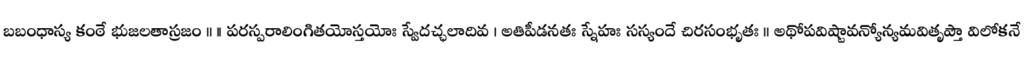
బబంధాస్య కంఠే భుజలతాస్రజం ॥ ।। పరస్పరాలింగితయోస్తయోః స్వేదచ్ఛలాదివ । అతిపీడనతః స్నేహః సస్యందే చిరసంభృతః ॥ అథోపవిష్టావన్యోన్యమవితృప్తౌ విలోకనే